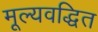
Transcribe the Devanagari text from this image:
मूल्यवद्धित